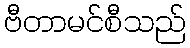
ဗီတာမင်စီသည်